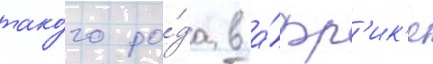
тако́го ро́да в а́фр'ик'е